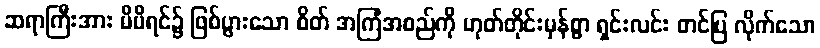
ဆရာကြီးအား မိမိရင်၌ ဖြစ်ပွားသော စိတ် အကြံအစည်ကို ဟုတ်တိုင်းမှန်စွာ ရှင်းလင်း တင်ပြ လိုက်သော